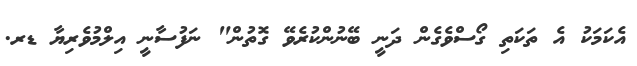
އެކަމަކު އެ ތަކަތި ގޯސްވެގެން ދަނީ ބޭނުންކުރެވޭ ގޮތުން" ނަފުސާނީ އިލްމުވެރިޔާ ޑރ.